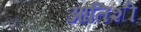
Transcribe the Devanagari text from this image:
आतिशी